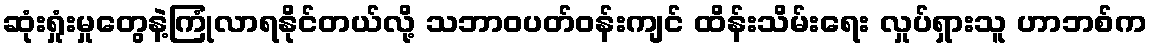
ဆုံးရှုံးမှုတွေနဲ့ကြုံလာရနိုင်တယ်လို့ သဘာဝပတ်ဝန်းကျင် ထိန်းသိမ်းရေး လှုပ်ရှားသူ ဟာဘစ်က